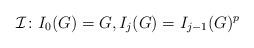
LaTeX: \begin{align*} \mathcal{I} \colon I_0(G) = G, I_j(G) = I_{j-1}(G)^p \end{align*}